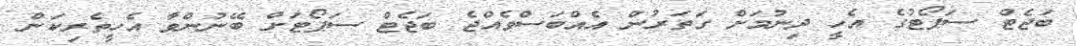
ބަޖެޓް ސަޕޯޓުގެ އެހީ ދިނުމަށް ގަތަރުން އެއްބަސްވެއްޖެ ބަޖެޓް ސަޕޯޓަށް ބޭނުންވާ އެހީތެރިކަން